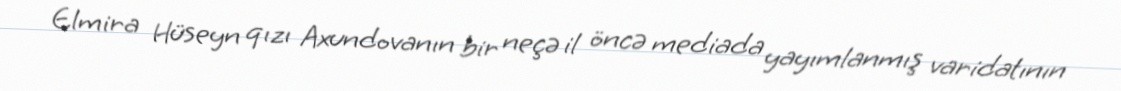
Elmira Hüseyn qızı Axundovanın bir neçə il öncə mediada yayımlanmış varidatının